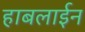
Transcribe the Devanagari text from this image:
हाबलाईन